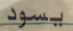
يسود